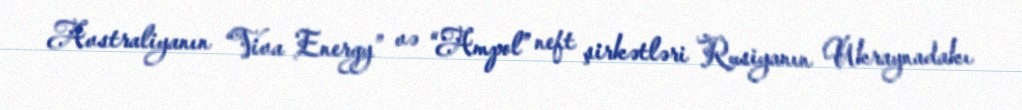
Avstraliyanın “Viva Energy” və “Ampol” neft şirkətləri Rusiyanın Ukraynadakı